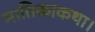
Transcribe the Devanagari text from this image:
मातिकाकथा।